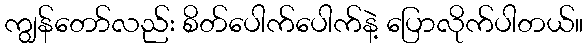
ကျွန်တော်လည်း စိတ်ပေါက်ပေါက်နဲ့ ပြောလိုက်ပါတယ်။